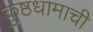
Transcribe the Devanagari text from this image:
कुष्ठधामाची